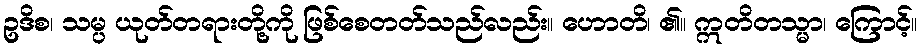
ဥဒိစ၊ သမ္ပ ယုတ်တရားတို့ကို ဖြစ်စေတတ်သည်လည်း။ ဟောတိ၊ ၏။ ဣတိတသ္မာ၊ ကြောင့်။